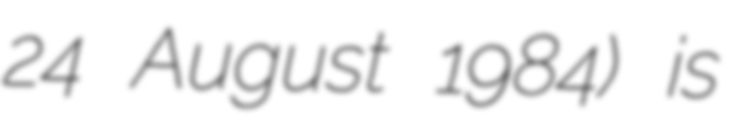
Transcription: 24 August 1984) is